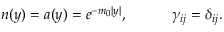
n ( y ) = a ( y ) = e ^ { - m _ { 0 } | y | } , \ \ \ \ \ \ \ \ \ \gamma _ { i j } = \delta _ { i j } .